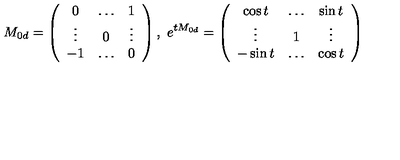
M _ { 0 d } = \left( \begin{array} { c c c } { 0 } & { \ldots } & { 1 } \\ { \vdots } & { 0 } & { \vdots } \\ { - 1 } & { \ldots } & { 0 } \\ \end{array} \right) , \ e ^ { t M _ { 0 d } } = \left( \begin{array} { c c c } { \cos t } & { \ldots } & { \sin t } \\ { \vdots } & { 1 } & { \vdots } \\ { - \sin t } & { \ldots } & { \cos t } \\ \end{array} \right) \